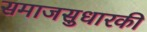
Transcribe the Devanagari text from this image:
समाजसुधारकी